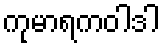
ကုမာရကဝါဒါ